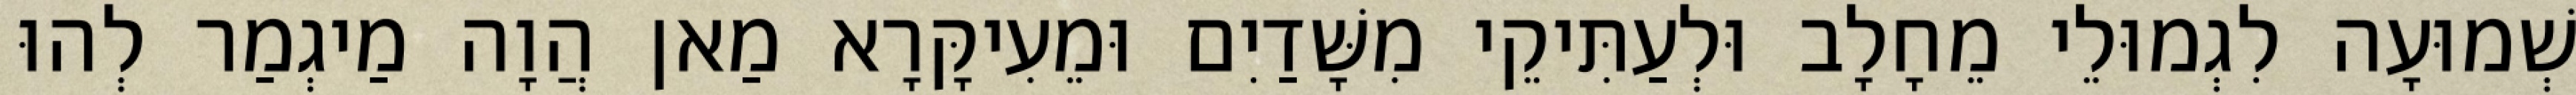
שְׁמוּעָה לִגְמוּלֵי מֵחָלָב וּלְעַתִּיקֵי מִשָּׁדַיִם וּמֵעִיקָּרָא מַאן הֲוָה מַיגְמַר לְהוּ